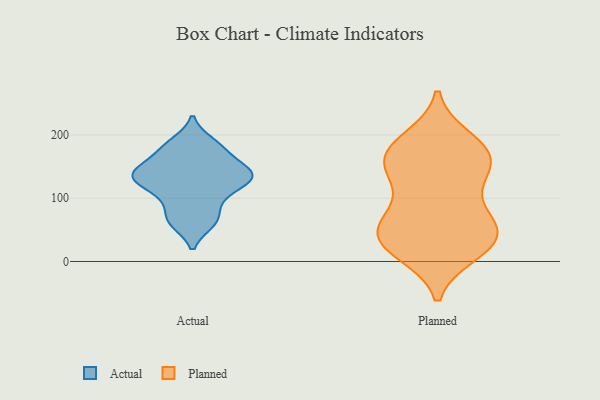
{"axis": {"x": "Website Visitors", "y": "Value"}, "legend": ["Actual", "Planned"], "data": [{"x": "", "y": 180, "type": "Actual"}, {"x": "", "y": 145, "type": "Actual"}, {"x": "", "y": 64, "type": "Actual"}, {"x": "", "y": 188, "type": "Actual"}, {"x": "", "y": 137, "type": "Actual"}, {"x": "", "y": 166, "type": "Actual"}, {"x": "", "y": 133, "type": "Actual"}, {"x": "", "y": 86, "type": "Actual"}, {"x": "", "y": 114, "type": "Actual"}, {"x": "", "y": 113, "type": "Actual"}, {"x": "", "y": 140, "type": "Actual"}, {"x": "", "y": 61, "type": "Actual"}, {"x": "", "y": 136, "type": "Actual"}, {"x": "", "y": 14, "type": "Planned"}, {"x": "", "y": 35, "type": "Planned"}, {"x": "", "y": 150, "type": "Planned"}, {"x": "", "y": 17, "type": "Planned"}, {"x": "", "y": 173, "type": "Planned"}, {"x": "", "y": 156, "type": "Planned"}, {"x": "", "y": 80, "type": "Planned"}, {"x": "", "y": 141, "type": "Planned"}, {"x": "", "y": 70, "type": "Planned"}, {"x": "", "y": 186, "type": "Planned"}, {"x": "", "y": 193, "type": "Planned"}, {"x": "", "y": 45, "type": "Planned"}, {"x": "", "y": 22, "type": "Planned"}, {"x": "", "y": 51, "type": "Planned"}, {"x": "", "y": 176, "type": "Planned"}, {"x": "", "y": 56, "type": "Planned"}, {"x": "", "y": 118, "type": "Planned"}, {"x": "", "y": 152, "type": "Planned"}, {"x": "", "y": 41, "type": "Planned"}]}